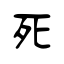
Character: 死